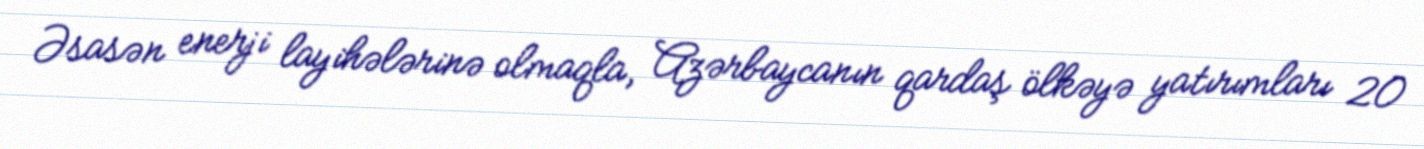
Əsasən enerji layihələrinə olmaqla, Azərbaycanın qardaş ölkəyə yatırımları 20